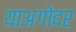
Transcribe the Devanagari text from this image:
याअगोदर